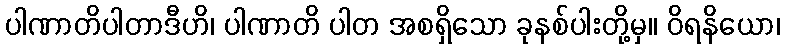
ပါဏာတိပါတာဒီဟိ၊ ပါဏာတိ ပါတ အစရှိသော ခုနစ်ပါးတို့မှ။ ဝိရနိယော၊